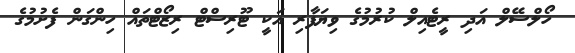
ހޯލްސޭލް އަދި ރީޓެއިލް ކުރުމުގެ ވިޔަފާރި އަކީ ޓޫރިސްޓް ރިޒޯޓްތައް ހިންގަން ފެށުމުގެ